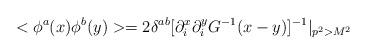
LaTeX: \begin{align*}<\phi^a(x)\phi^b(y)>=2\delta^{ab}[\partial^x_i\partial^y_iG^{-1}(x-y)]^{-1}|_{p^2>M^2}\end{align*}